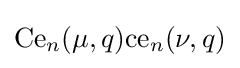
{\text{Ce}}_{n}(\mu ,q){\text{ce}}_{n}(\nu ,q)